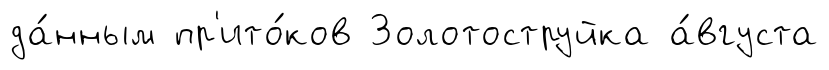
да́нным пр'ито́ков Золотоструйка а́вгуста